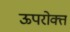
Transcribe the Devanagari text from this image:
ऊपरोक्त